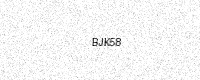
Text: BJK58